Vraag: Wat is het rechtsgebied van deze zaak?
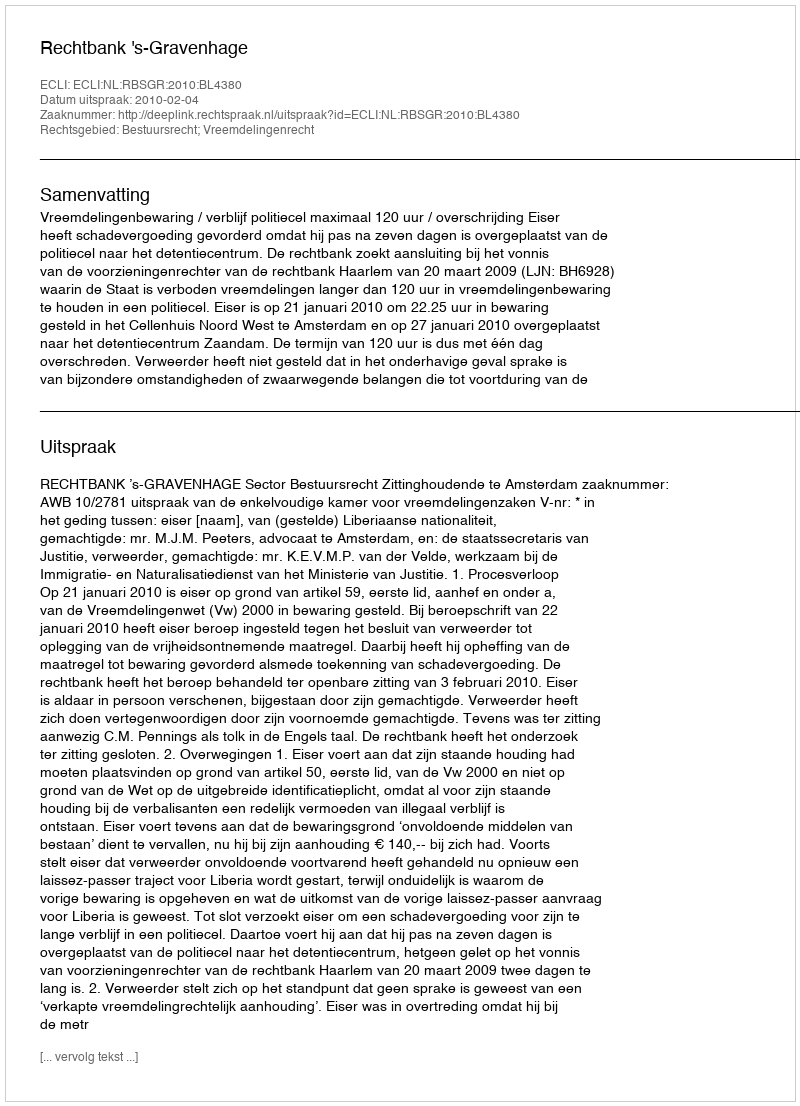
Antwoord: Bestuursrecht; Vreemdelingenrecht